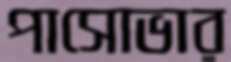
পাসোভার